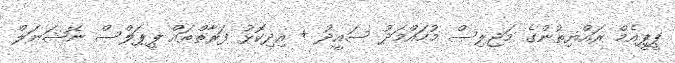
ޕީޕީއެމް ރައްޔިތުންގެ މަޖިލިސް މުހައްމަދު ސައީދު + އިދިކޮޅު ފަރާތްތައް ޕީޕަލްސް ނޭޝަނަލް